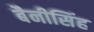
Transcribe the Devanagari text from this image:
बैनीसिंह